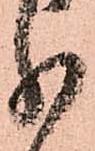
分